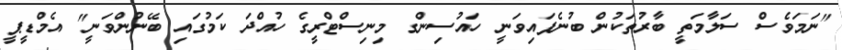
"ނަމަވެސް ސަލާމަތީ ބާރުތަކުން ބުނެފައިވަނީ ހައުސިންގ މިނިސްޓްރީގެ ހުއްދަ ކަމުގައި ބޭނުންވަނީ" އެމްޑީޕީ